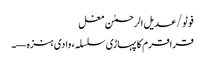
فوٹو/عدیل الرحمٰن مغل
قراقرم کا پہاڑی سلسلہ، وادی ہنزہ—۔